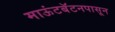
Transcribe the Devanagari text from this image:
माऊंटबॅटनपासून